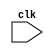
module aud (
  input wire clk
  );

endmodule // aud